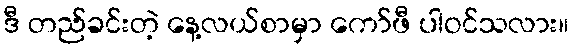
ဒီ တည်ခင်းတဲ့ နေ့လယ်စာမှာ ကော်ဖီ ပါဝင်သလား။